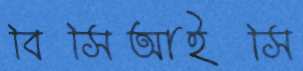
বিসিআইসি